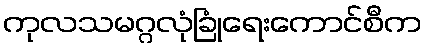
ကုလသမဂ္ဂလုံခြုံရေးကောင်စီက